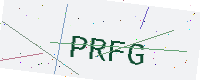
Text: PRFG